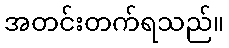
အတင်းတက်ရသည်။